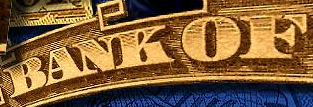
BANK OF